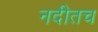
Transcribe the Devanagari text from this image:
नदीतच